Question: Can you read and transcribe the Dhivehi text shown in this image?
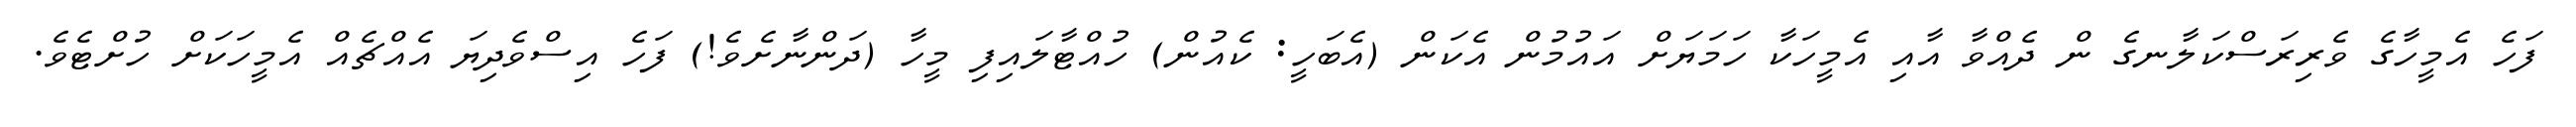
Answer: ފަހެ އެމީހާގެ ވެރިރަސްކަލާނގެ ން ދެއްވާ އާއި އެމީހަކާ ހަމަޔަށް އައުމުން އެކަން (އެބަހީ: ކެއުން) ހުއްޓާލައިފި މީހާ (ދަންނާށެވެ!) ފަހެ އިސްވެދިޔަ އެއްޗެއް އެމީހަކަށް ހުށްޓެވެ.